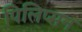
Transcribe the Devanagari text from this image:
पिलिप्सन